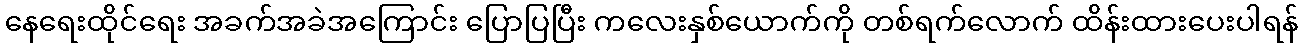
နေရေးထိုင်ရေး အခက်အခဲအကြောင်း ပြောပြပြီး ကလေးနှစ်ယောက်ကို တစ်ရက်လောက် ထိန်းထားပေးပါရန်